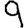
Digit: 9